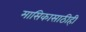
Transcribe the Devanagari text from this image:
मासिकासाठीही